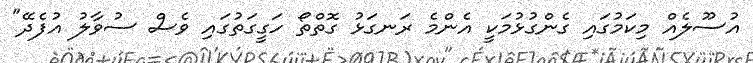
އުސޫލެއް މިކަމުގައި ގެންގުޅުމަކީ އެންމެ ރަނގަޅު ގޮތްތޯ ހަގީގަތުގައި ވެސް ސުވާލު އުފެދޭ"